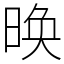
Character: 㬇